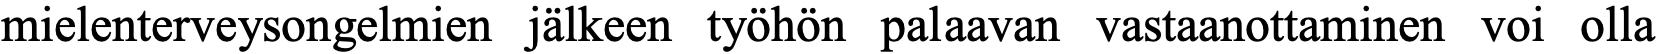
mielenterveysongelmien jälkeen työhön palaavan vastaanottaminen voi olla